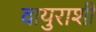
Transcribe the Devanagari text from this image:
वायुराशी